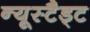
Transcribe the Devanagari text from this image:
न्यूस्टैड्ट